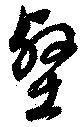
壑